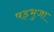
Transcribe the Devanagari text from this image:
षड्भुजा